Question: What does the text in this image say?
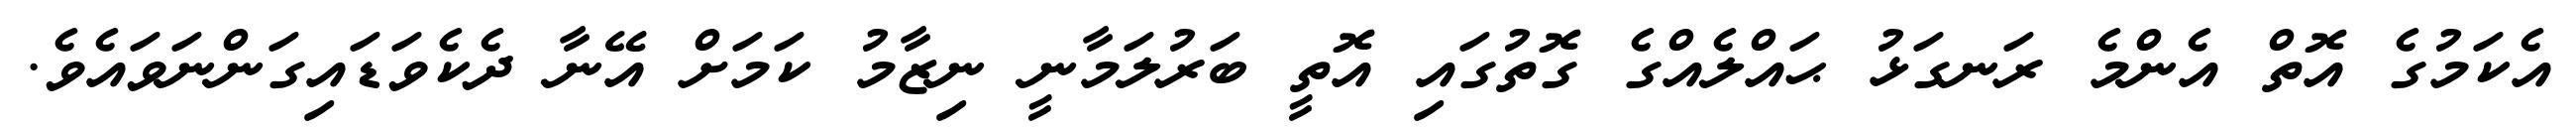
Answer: އެކަމުގެ އޮތް އެންމެ ރަނގަޅު ޙައްލެއްގެ ގޮތުގައި އޮތީ ބަރުލަމާނީ ނިޒާމު ކަމަށް އޭނާ ދެކެވަޑައިގަންނަވައެވެ.